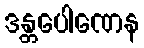
ဒန္တပေါဏေန